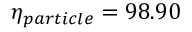
\eta _ { p a r t i c l e } = 9 8 . 9 0